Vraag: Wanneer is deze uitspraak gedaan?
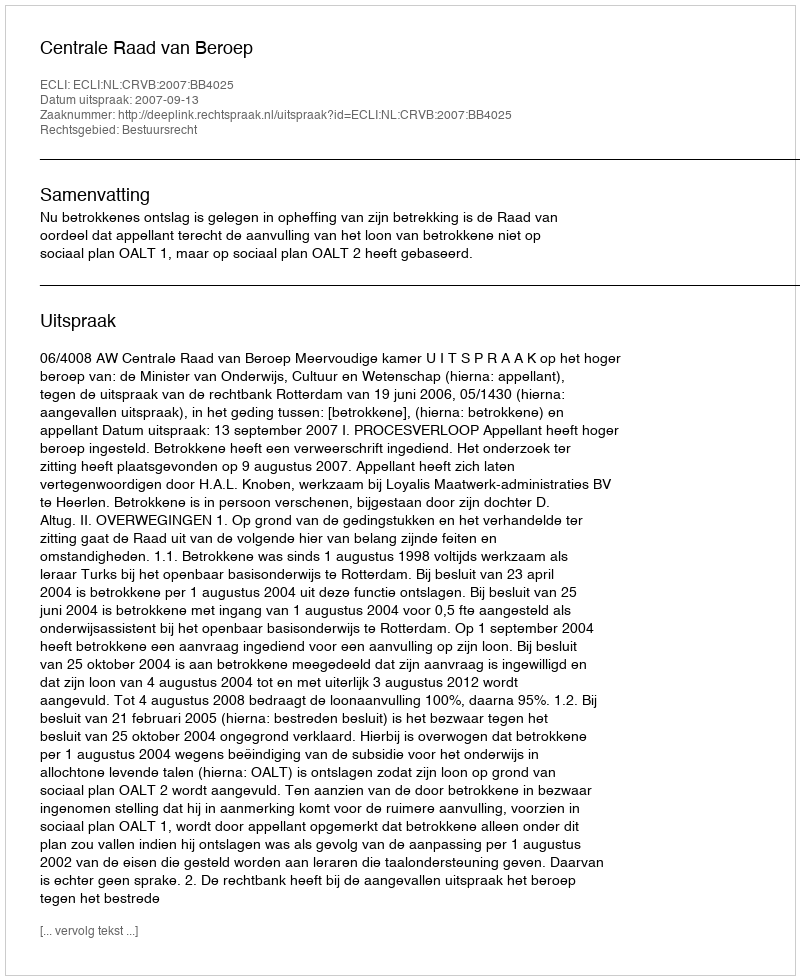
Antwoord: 2007-09-13